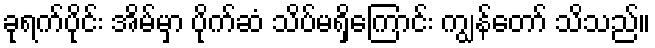
ခုရက်ပိုင်း အိမ်မှာ ပိုက်ဆံ သိပ်မရှိကြောင်း ကျွန်တော် သိသည်။